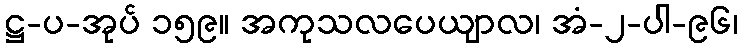
ဋ္ဌ-ပ-အုပ် ၁၅၉။ အကုသလပေယျာလ၊ အံ-၂-ပါ-၉၆၊